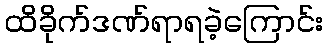
ထိခိုက်ဒဏ်ရာရခဲ့ကြောင်း